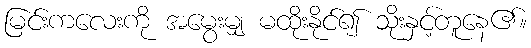
မြင်းကလေးကို အမွေးမျှ မထိုးနိုင်၍ သိုးနှင့်တူနေ၏။